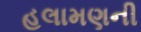
હલામણની